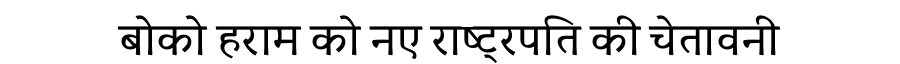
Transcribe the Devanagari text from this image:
बोको हराम को नए राष्ट्रपति की चेतावनी